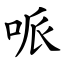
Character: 哌